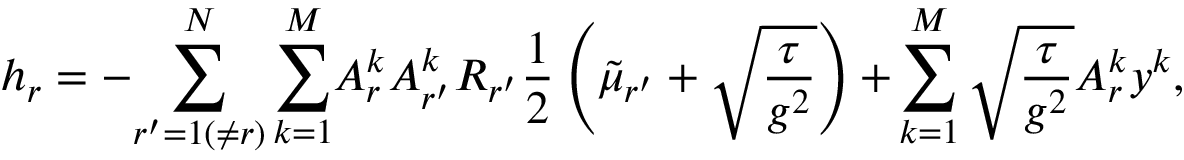
\centering h _ { r } = - { \sum _ { r ^ { \prime } = 1 ( \neq r ) } ^ { N } \sum _ { k = 1 } ^ { M } } A _ { r } ^ { k } A _ { r ^ { \prime } } ^ { k } R _ { r ^ { \prime } } \frac { 1 } { 2 } \left( \tilde { \mu } _ { r ^ { \prime } } + \sqrt { \frac { \tau } { g ^ { 2 } } } \right) { + } \sum _ { k = 1 } ^ { M } \sqrt { \frac { \tau } { g ^ { 2 } } } { A _ { r } ^ { k } y ^ { k } } ,